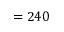
= 2 4 0